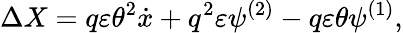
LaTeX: \Delta X=q\varepsilon\theta^{2}\dot{x}+q^{2}\varepsilon\psi^{(2)}-q\varepsilon\theta\psi^{(1)},